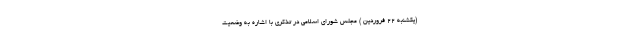
(یکشنبه ۲۲ فروردین ) مجلس شورای اسلامی در تذکری با اشاره به وضعیت